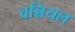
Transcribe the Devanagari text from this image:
वन्नियल